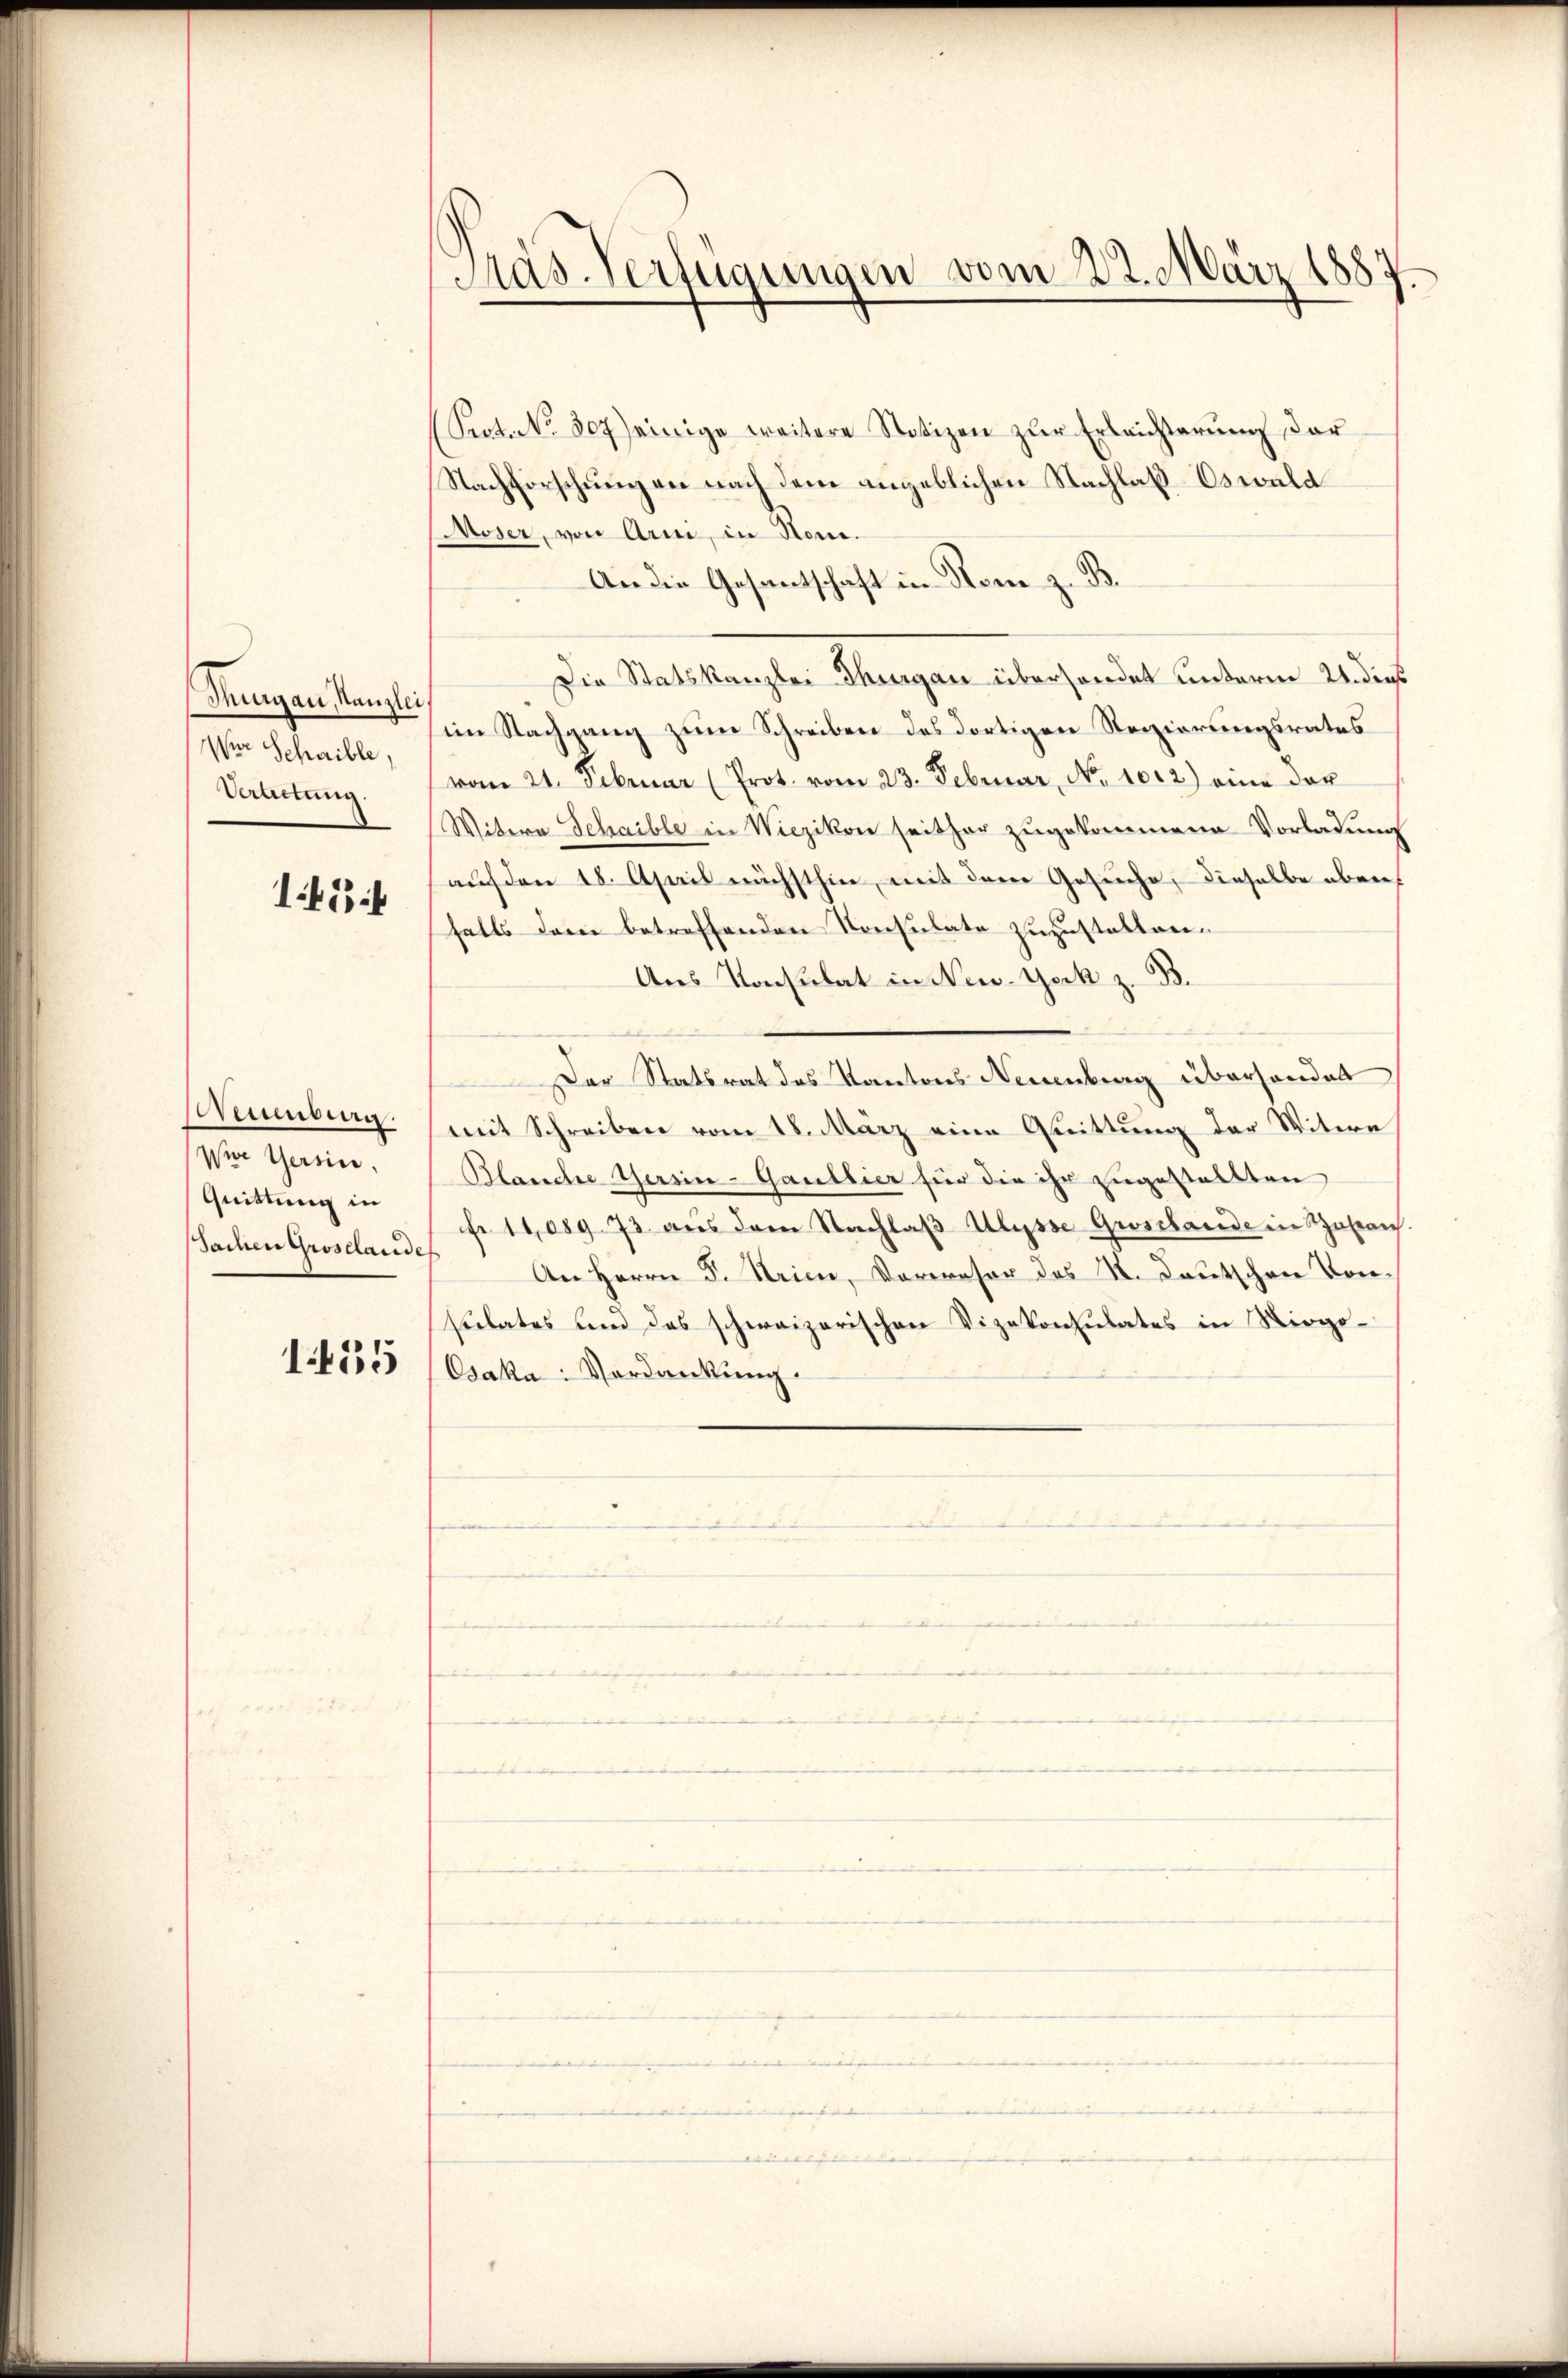
Thurgau, Kanzlei
Wer Schaible,
Urattung.

1454

Meumberg.
Wie Gersin,
Quittung in
Sachen Groselande

1455

Pas-Verfügungen vom 22. März 1887.

(Sept. No. 307) einige weitere Notizen zur Erleichterung der
Nachforschung an nach dem angeblichen Nachlaß Oswald
Moser, von Arni, in Nomi¬
An die Gesantschaft in Rom z. B.
Die Statskanzlei Thurgau überhandet unterm 24. dies
im Nachgang zum Schreiben des dortigen Regierungsrates
vom 21. Februar (Prot. vom 23. Februar, No. 1012.) eine der
Witwe Schaible in Wiczikon seither zugekommene Vorladung
auf den 18. April nächsthin, mit dem Gesuche, dieselbe eben
falls dem betreffenden Konsulate zuzustatten.
Ans Konsulat in New-York z. B.
Der Statsrat des Kantons Neuenburg überhandet
mit Schreiben vom 18. März eine Quittung der Witere
Blanche Gersin-Gaullier für die ihr zugestellten
fr 11089. 73 aŭs dem Nachlaβ Ulysse Grosshande in Zaran.
An Herrn F. Krien, Vorreser des N. Deutschen Von
sulates den das schweizerischen Vizekonsulates in Nirgo¬
Csaka-Verdankung.